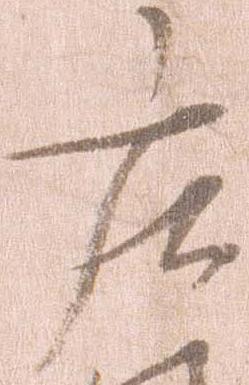
庄